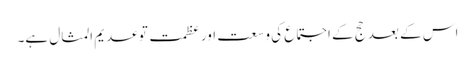
اس کے بعد حج کے اجتماع کی وسعت اور عظمت توعدیم المثال ہے۔